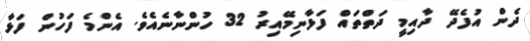
ދެން އުފެދޭ ދާއިމީ ދަތްތައް ފަޅާނިމޭއިރު 32 ހުންނާނެއެވެ. އެންމެ ފަހުން ފަޅާ